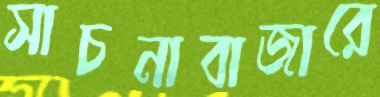
সাচনাবাজারে